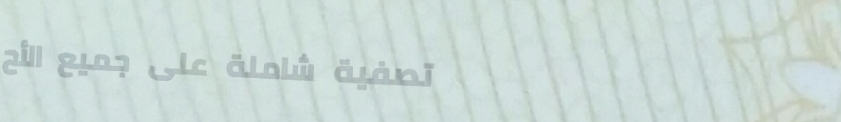
تصفية شاملة على جميع الأح